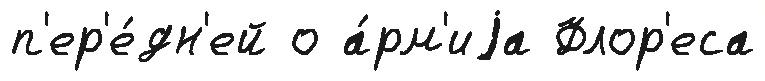
п'ер'е́дн'ей о а́рм'иjа Флор'еса